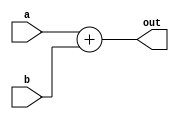
// This program was cloned from: https://github.com/AuraGuardian23/riscv_pipelined_processor
// License: MIT License

`timescale 1ns / 1ps


module Adder(
    input [63:0] a,b,
    output wire [63:0] out
    );
    assign out = a + b;
endmodule